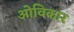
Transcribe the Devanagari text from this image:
ओविकार